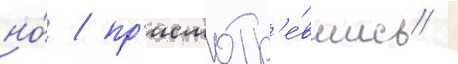
но́ / пр'исмотр'е́вшись /